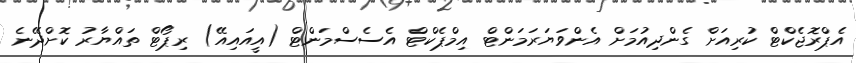
އެޕްރޮޖެކްޓް ކުރިއަށް ގެންދިއުމަށް އެންވަޔަރަމަންޓް އިމްޕެކްޓް އެސެސްމަންޓް (އީއައިއޭ) ރިޕޯޓް ތައްޔާރު ކޮށްދޭނެ